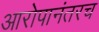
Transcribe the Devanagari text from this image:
आरोपानंतरच